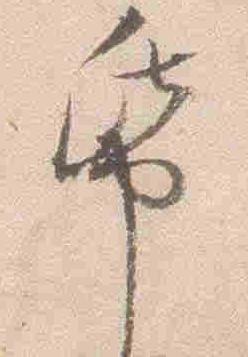
紙